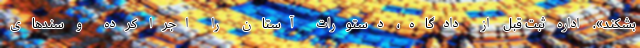
بشکند». اداره ثبت قبل از دادگاه، دستورات آستان را اجرا کرده و سندهای